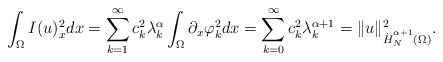
\begin{align*}\int_\Omega I(u)_x^2 dx & = \sum_{k = 1}^\infty c_k^2 \lambda_k^\alpha \int_\Omega \partial_x \varphi_k^2 dx = \sum_{k = 0}^\infty c_k^2 \lambda_k^{\alpha + 1} = \| u \|_{\overset{.}{H}^{\alpha + 1}_N(\Omega)}^2.\end{align*}